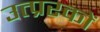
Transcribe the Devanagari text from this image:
उत्प्ररकों